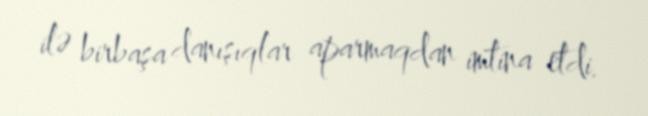
ilə birbaşa danışıqlar aparmaqdan imtina etdi.